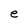
Character: e